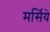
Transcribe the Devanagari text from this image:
मर्सिये